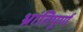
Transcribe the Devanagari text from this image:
भ्रांतिपूर्ण